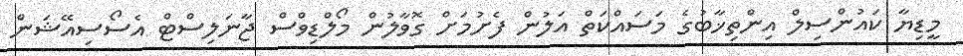
މީޑިޔާ ކައުންސިލް އިންތިޚާބުގެ މަސައްކަތް އަލުން ފެށުމަށް ގޮވާލުން މޯލްޑިވްސް ޖާނަލިސްޓް އެސޯސިއޭޝަން